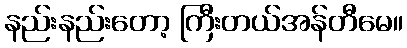
နည်းနည်းတော့ ကြီးတယ်အန်တီမေ။